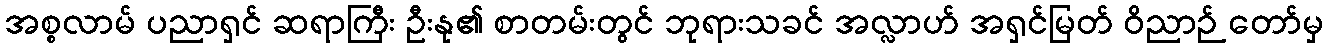
အစ္စလာမ် ပညာရှင် ဆရာကြီး ဦးနု၏ စာတမ်းတွင် ဘုရားသခင် အလ္လာဟ် အရှင်မြတ် ဝိညာဉ် တော်မှ